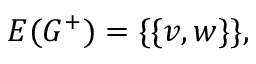
E ( G ^ { + } ) = \{ \{ v , w \} \} ,